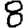
Digit: 8